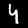
Digit: 4